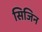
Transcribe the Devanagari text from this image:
सिजिन